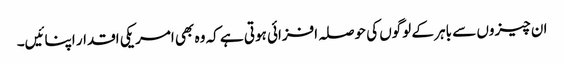
ان چیزوں سے باہر کے لوگوں کی حوصلہ افزائی ہوتی ہے کہ وہ بھی امریکی اقدار اپنائیں۔